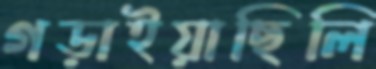
গড়াইয়াছিলি